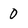
Character: 0